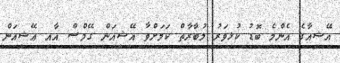
އޭޝިއާގެ އެންމެ ބޮޑު ކުޅިވަރު މުބާރާތް ކަމަށްވާ އޭޝިއަން ގޭމްސް އާއި ޢޭޝިއަން